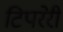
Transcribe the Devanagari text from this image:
टिपरेरी